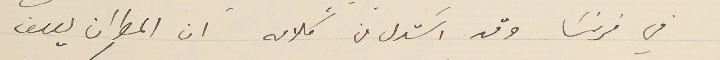
في فرنسَا وقد اسَتدل من كلامه ان المطران يوسف